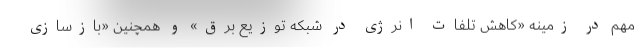
مهم در زمینه «کاهش تلفات انرژی در شبکه توزیع برق» و همچنین «بازسازی